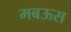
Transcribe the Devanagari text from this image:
मबऊस